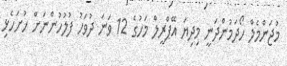
މުޖަންމެލް ހޯދަމުންދަނީ މިދިޔަ އޭޕްރީލް މަހުގެ 12 ވަނަ ދުވަހު ފުލުހުންނަށް ހުށަހެޅި